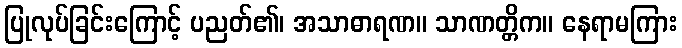
ပြုလုပ်ခြင်းကြောင့် ပညတ်၏၊ အသာဓာရဏ။ သာဏတ္တိက။ နေရာမကြား